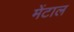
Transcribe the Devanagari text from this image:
मेंटाल